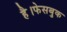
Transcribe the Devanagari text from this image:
है।फेसबुक